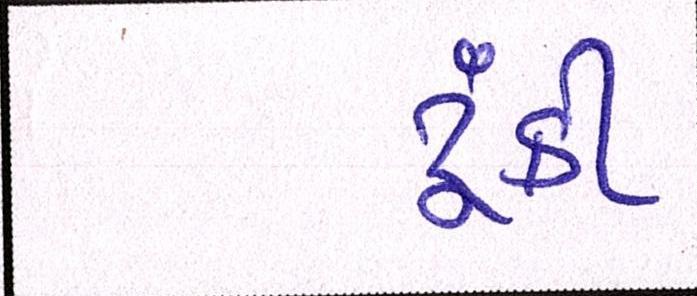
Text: ટૂંકી